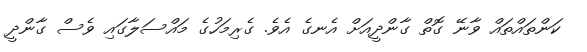
ކަންތައްތައް ވާނޭ ގޮތް ގާންދީއަށް އެނގެ އެވެ. ގެރިމަހުގެ މައްސަލާގައި ވެސް ގާންދީ